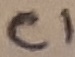
Text: C1